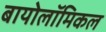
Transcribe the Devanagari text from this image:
बायोलॉमिकल